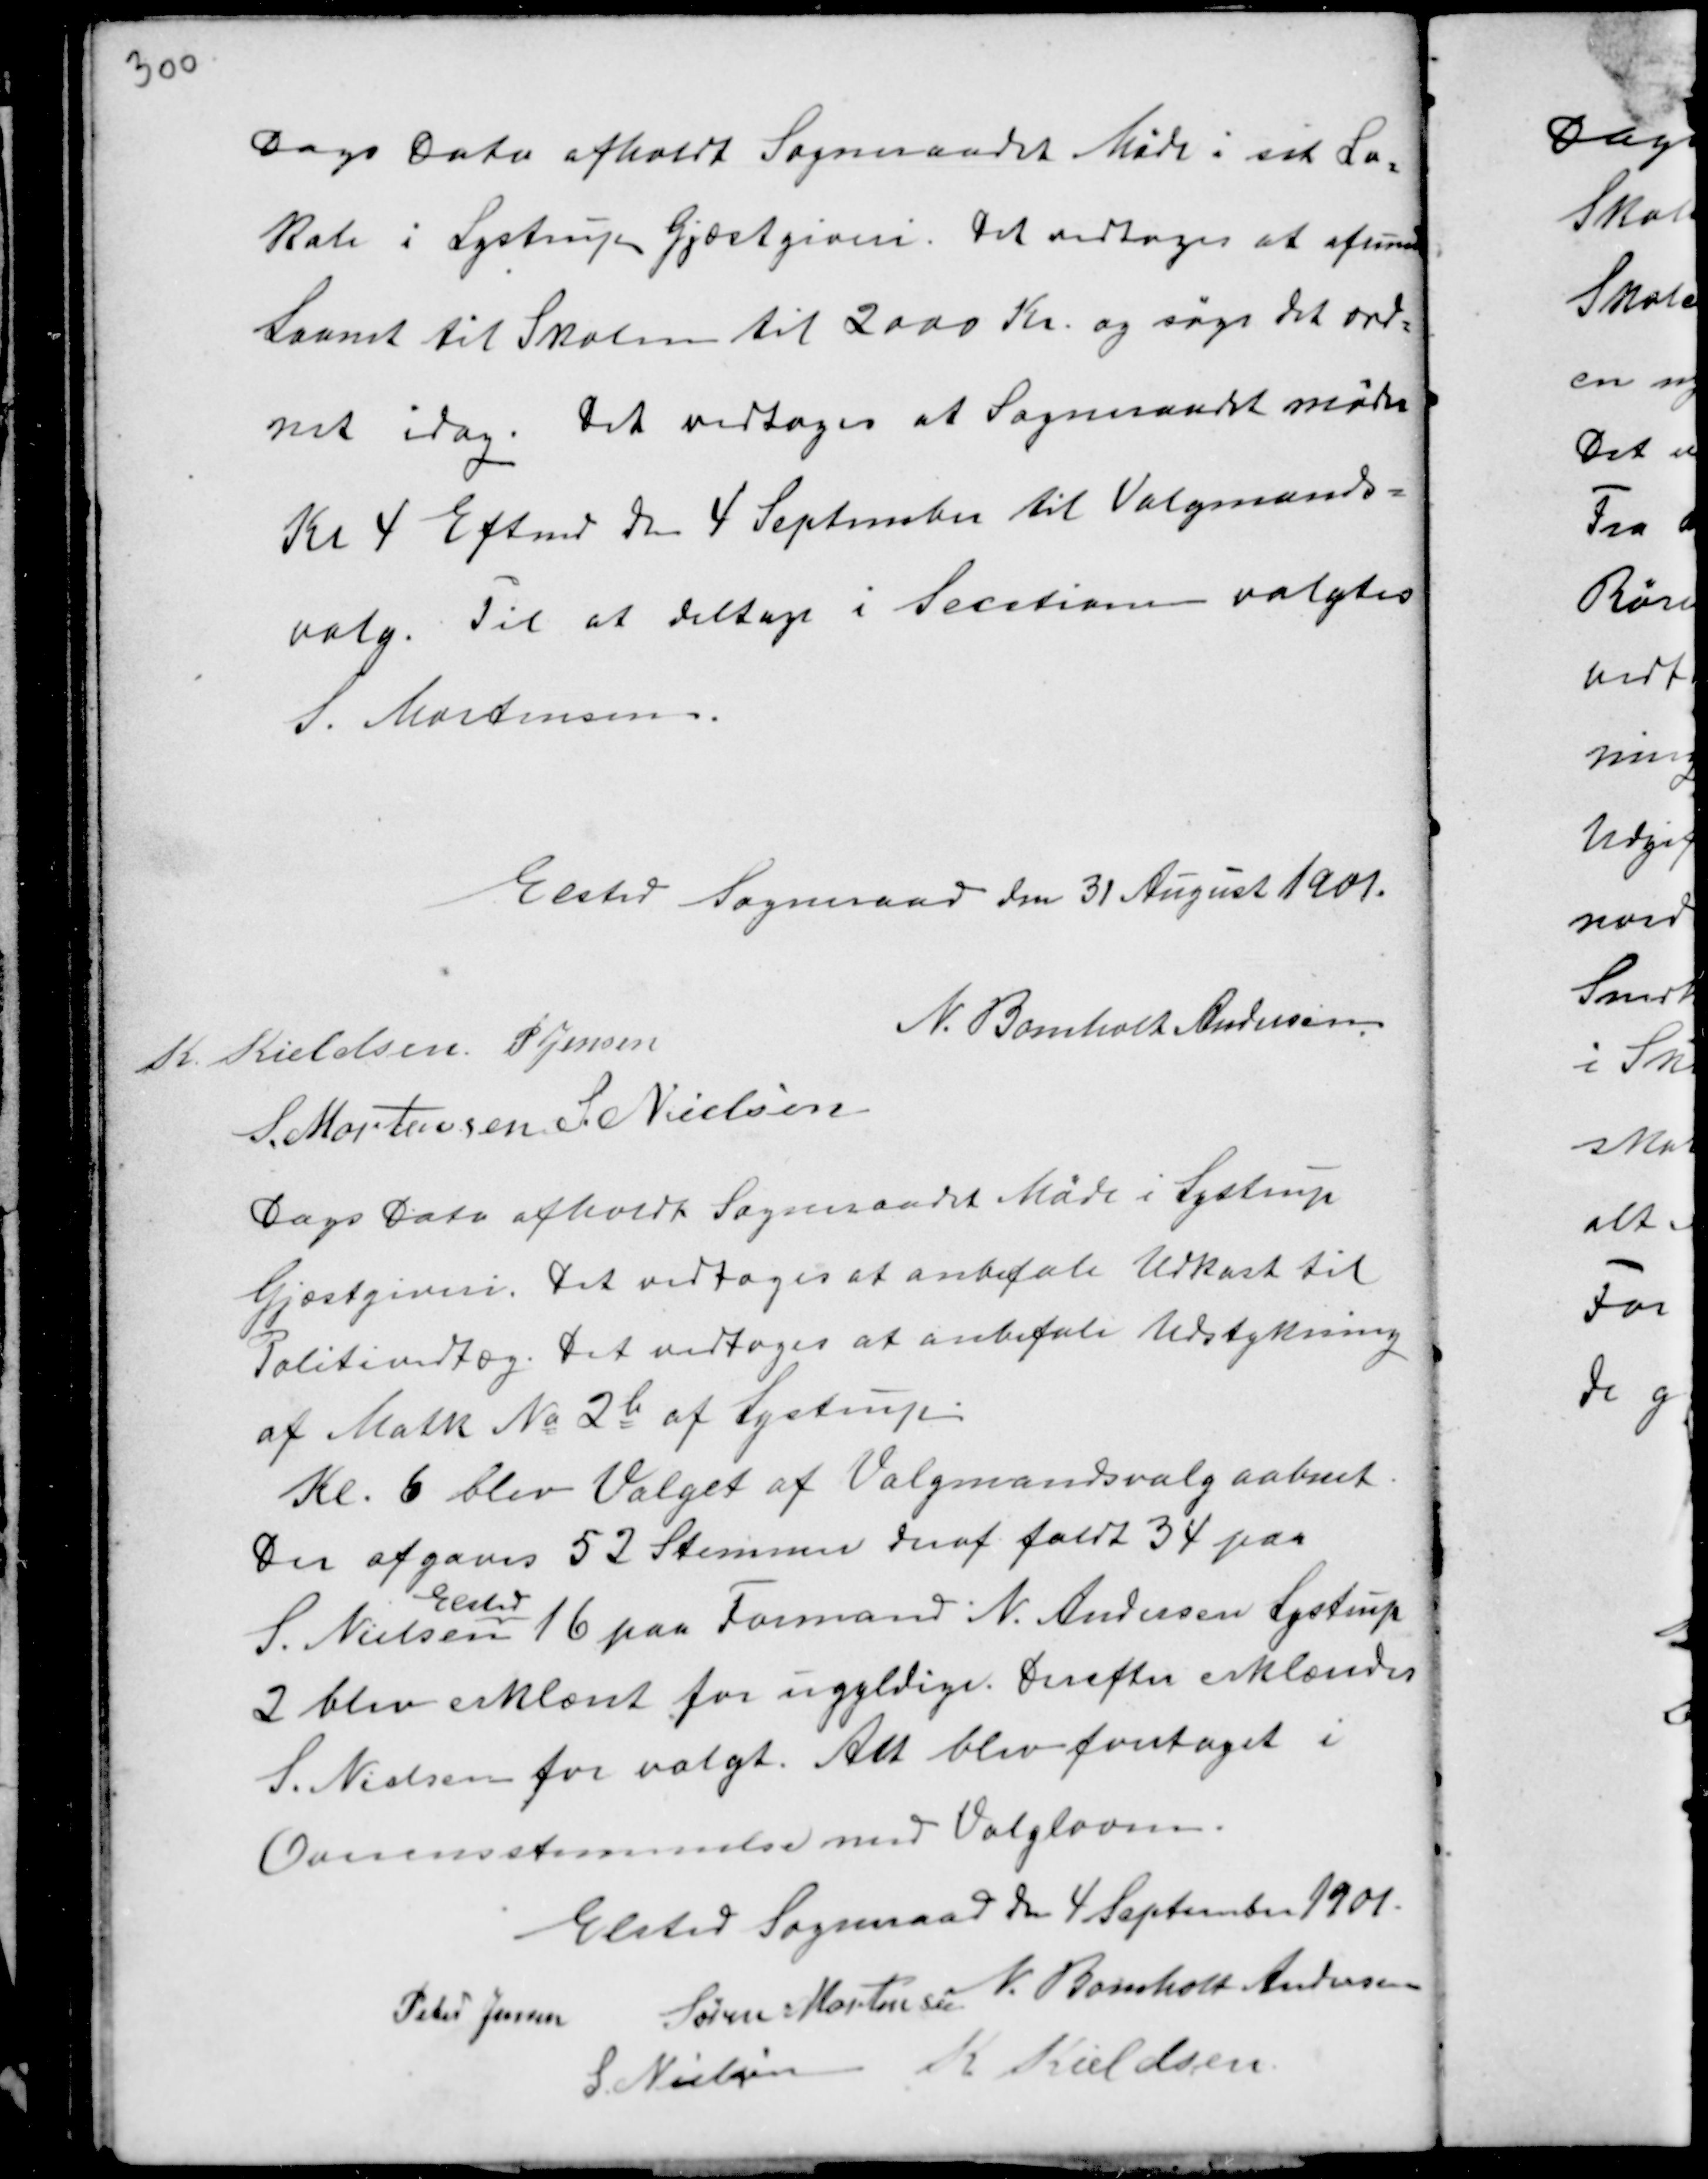
Transskription:
Dags Dato afholdt Sogneraadet Møde i sit Lo-
kale i Lystrup Gjæstgiveri. Det vedtoges at afsende
Laanet til Skolen til 2000 Kr. og søge det ord-
net idag. Det vedtoges at Sogneraadet mødes
Kl 4 Eftermd den 4 September til Valgmands-
valg. Til at deltage i Secetionen valgtes
S. Mortensen.

Elsted Sogneraade den 31 August 1901.
K. Kieldsen
N. Bomholt Andersen
S. Mortensen S. Nielsen

Dags Dato afholdt Sogneraadet Møde i Lystrup
Gjæstgiveri. Det vedtoges at anbefale Udkast til
Politivedtæg. Det vedtoges at anbefale Udstykning
af Matk No 2 b af Lystrup.
Kl. 6 blev Valget af Valgmandsvalget aabnet.
Der afgaves 52 Stemmer deraf faldt 34 paa
S. Nielsen
Elsted
16 paa Formand N. Andersen Lystrup
2 blev erklæret for ugyldige. Derefter erklæredes
S. Nielsen for valgt. Alt blev foretaget i
Overensstemmelse med Valgloven.

Elsted Sogneraad den 4 September 1901.
Peter Jensen Søren Mortensen N. Bomholt Andersen
S. Nielsen
K Kieldsen